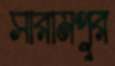
সারামপুর